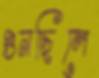
গুনছিলে